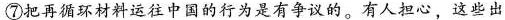
⑦把再循环材料运往中国的行为是有争议的。有人担心，这些出